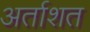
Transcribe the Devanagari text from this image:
अर्ताशत